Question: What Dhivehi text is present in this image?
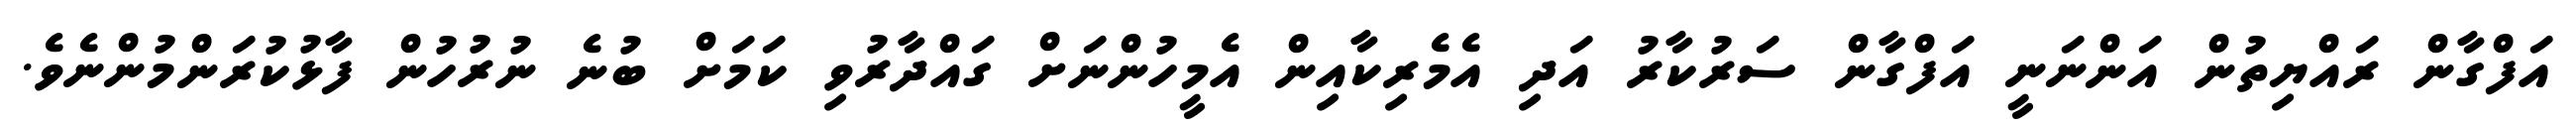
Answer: އަފްގާން ރައްޔިތުން އަންނަނީ އަފްގާން ސަރުކާރު އަދި އެމެރިކާއިން އެމީހުންނަށް ގައްދާރުވި ކަމަށް ބުނެ ނުރުހުން ފާޅުކުރަންމުންނެވެ.